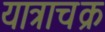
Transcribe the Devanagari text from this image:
यात्राचक्र